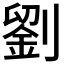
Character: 劉